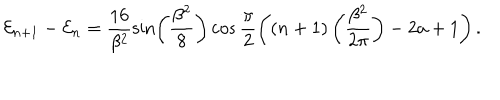
LaTeX: { \cal E } _ { n + 1 } - { \cal E } _ { n } = \frac { 1 6 } { \beta ^ { 2 } } \sin \left( \frac { \beta ^ { 2 } } { 8 } \right) \cos \frac { \pi } { 2 } \left( \left( n + 1 \right) \left( \frac { \beta ^ { 2 } } { 2 \pi } \right) - 2 a + 1 \right) .